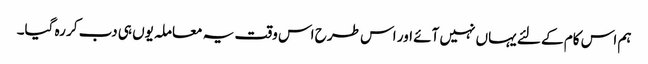
ہم اس کام کے لئے یہاں نہیں آئے اور اس طرح اس وقت یہ معاملہ یوں ہی دب کر رہ گیا۔